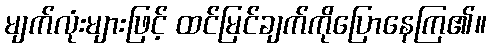
မျက်လုံးများဖြင့် ထင်မြင်ချက်ကိုပြောနေကြ၏။